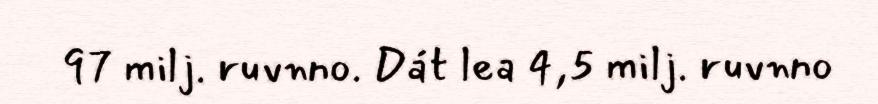
97 milj. ruvnno. Dát lea 4,5 milj. ruvnno